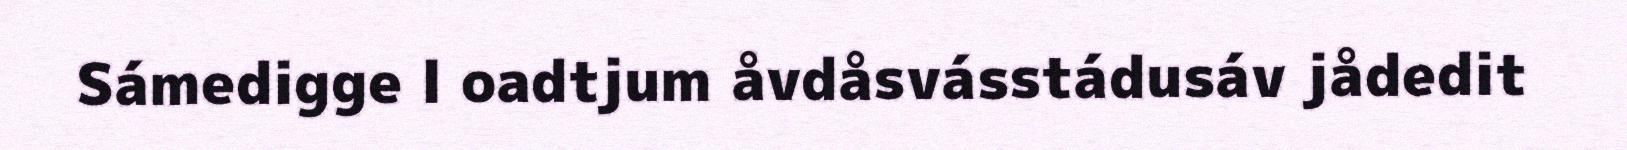
Sámedigge l oadtjum åvdåsvásstádusáv jådedit